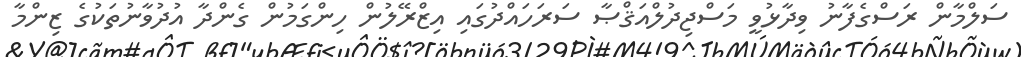
ސަލްމާން ރަސްގެފާނު ވިދާޅުވީ މަސްޖިދުލްއަޤްޞާ ސަރަހައްދުގައި އިޒްރޭލުން ހިންގަމުން ގެންދާ އުދުވާނުތަކުގެ ޒިންމާ